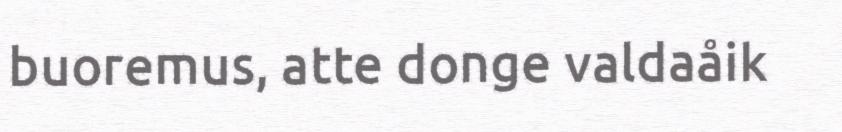
buoremus, atte donge valdaåik